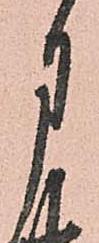
月